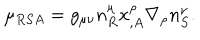
LaTeX: \mu _ { R S A } = g _ { \mu \nu } n _ { R } ^ { \mu } x _ { , A } ^ { \rho } \nabla _ { \rho } n _ { S } ^ { \nu } .